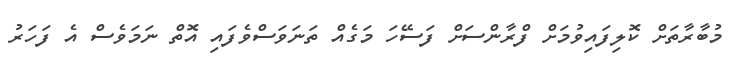
މުބާރާތަށް ކޮލިފައިވުމަށް ފްރާންސަށް ފަސޭހަ މަގެއް ތަނަވަސްވެފައި އޮތް ނަމަވެސް އެ ފަހަރު